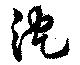
沈